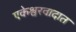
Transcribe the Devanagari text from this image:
एकेश्वरवादात